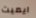
ايميت